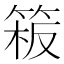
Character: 𥯈